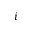
i